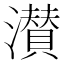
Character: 濽